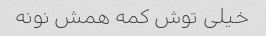
خیلی توش کمه همش نونه